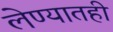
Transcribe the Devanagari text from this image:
लेण्यातही